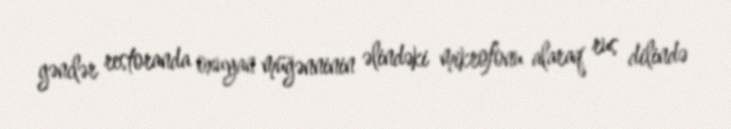
gənclər restoranda oxuyan müğənninin əlindəki mikrofonu alaraq rus dilində